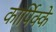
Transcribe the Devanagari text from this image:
कार्पिक्के